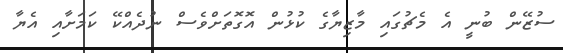
ސުޒޭން ބުނީ އެ މެޗުގައި މާޒިޔާގެ ކުޅުން އޮގޮތަށްވެސް ނުދެއްކޭ ކަމަށާއި އެޔާ